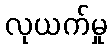
လုယက်မှု